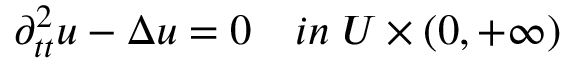
\begin{array} { r } { \partial _ { t t } ^ { 2 } u - \Delta u = 0 \quad i n \; U \times ( 0 , + \infty ) } \end{array}